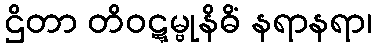
ဌိတာ တိဝဋ္ဋမ္ဗုနိဓိံ နရာနရာ၊